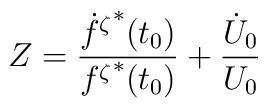
Z=\frac{\hbox{${\dot{f}}^{\zeta}$}^*(t_0)}{{f^{\zeta}}^*(t_0)}+\frac{\dot{U}_0}{U_0}